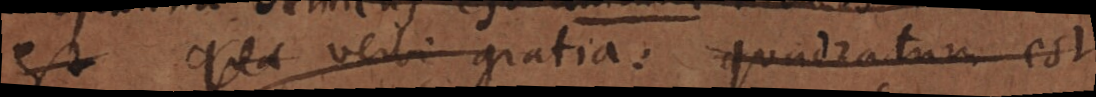
est qua verbi gratia: quadratum est